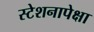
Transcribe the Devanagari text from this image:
स्टेशनापेक्षा